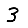
Digit: 3